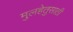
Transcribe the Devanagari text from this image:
मुलहेतुसाठी